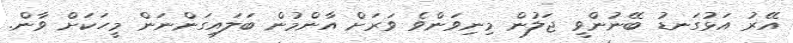
އޭރު އަޅުގަނޑު ބޭނުންވީ ޖަލުން މިނިވަންވެ ވަރަށް އާންމުން ބަލައިގަންނަން މީހަކަށް ވާން.